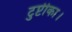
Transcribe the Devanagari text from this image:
टुप्टीका।